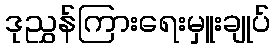
ဒုညွှန်ကြားရေးမှူးချုပ်